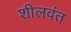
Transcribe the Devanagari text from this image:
शीलवंत